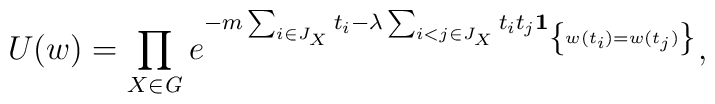
U(w)=\prod_{X\in {\it G}}e^{-m\sum_{i\in J_{X}}t_{i}-\lambda \sum_{i<j\in J_{X}}t_{i}t_{j}{\bf 1}_{\left\{w(t_i)=w(t_j)\right\} }},